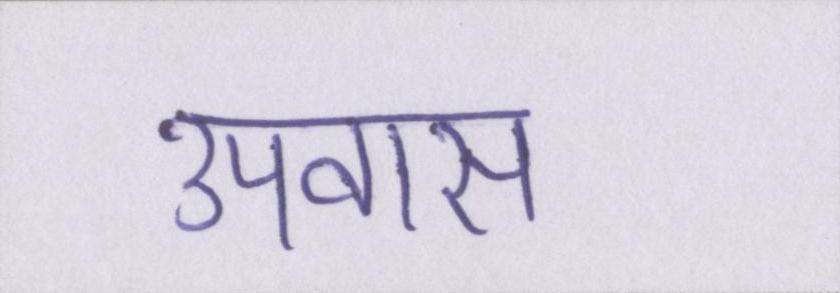
उपवास